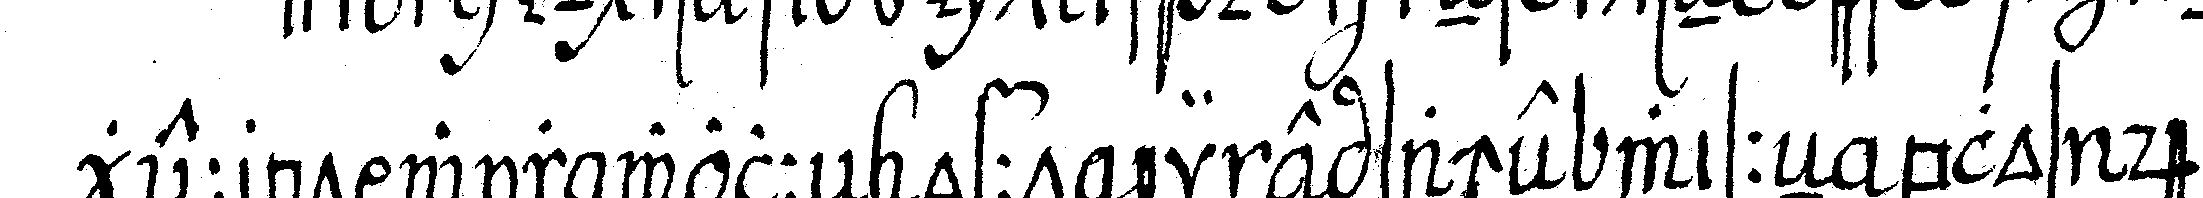
geerbt wir wolleN offt eine sache wisseN blos des